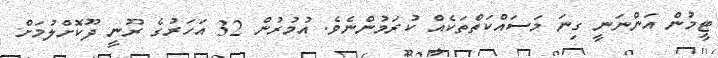
ޓީމުން އަންނަނީ ގިނަ މަސައްކަތްތަކެއް ކުރަމުންނެވެ. އުމުރުން 32 އަހަރުގެ ރޫނީ ދޫކޮށްލުމަށް